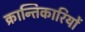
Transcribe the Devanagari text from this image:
क्रान्‍तिकारियों